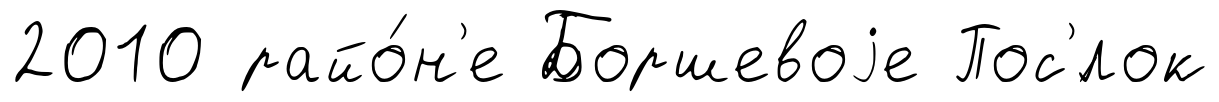
2010 райо́н'е Боршевоjе Пос'́лок